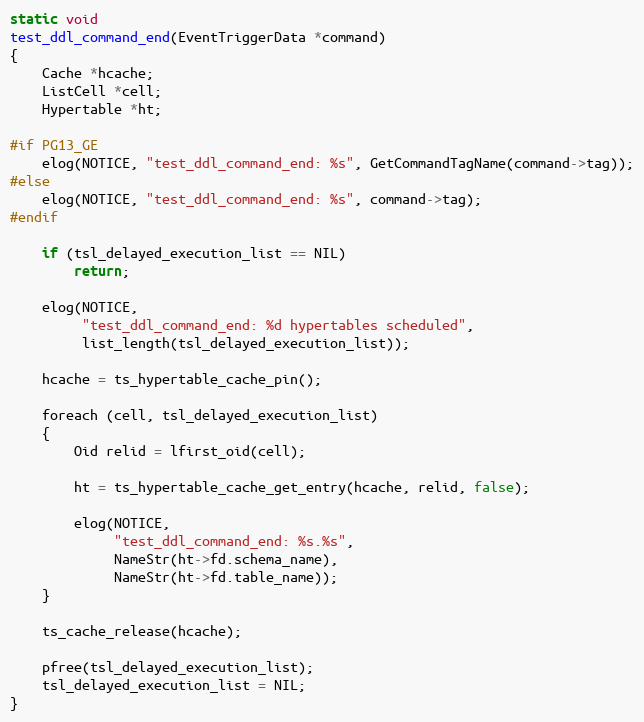
Language: C
static void
test_ddl_command_end(EventTriggerData *command)
{
	Cache *hcache;
	ListCell *cell;
	Hypertable *ht;

#if PG13_GE
	elog(NOTICE, "test_ddl_command_end: %s", GetCommandTagName(command->tag));
#else
	elog(NOTICE, "test_ddl_command_end: %s", command->tag);
#endif

	if (tsl_delayed_execution_list == NIL)
		return;

	elog(NOTICE,
		 "test_ddl_command_end: %d hypertables scheduled",
		 list_length(tsl_delayed_execution_list));

	hcache = ts_hypertable_cache_pin();

	foreach (cell, tsl_delayed_execution_list)
	{
		Oid relid = lfirst_oid(cell);

		ht = ts_hypertable_cache_get_entry(hcache, relid, false);

		elog(NOTICE,
			 "test_ddl_command_end: %s.%s",
			 NameStr(ht->fd.schema_name),
			 NameStr(ht->fd.table_name));
	}

	ts_cache_release(hcache);

	pfree(tsl_delayed_execution_list);
	tsl_delayed_execution_list = NIL;
}